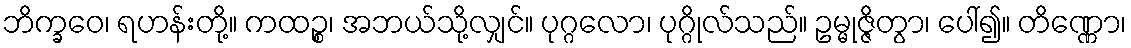
ဘိက္ခဝေ၊ ရဟန်းတို့။ ကထဉ္စ၊ အဘယ်သို့လျှင်။ ပုဂ္ဂလော၊ ပုဂ္ဂိုလ်သည်။ ဥမ္မုဇ္ဇိတွာ၊ ပေါ်၍။ တိဏ္ဏော၊